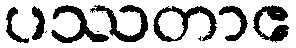
ပဿတာဧ